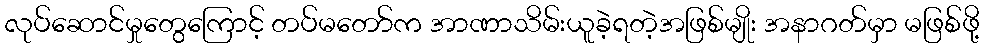
လုပ်ဆောင်မှုတွေကြောင့် တပ်မတော်က အာဏာသိမ်းယူခဲ့ရတဲ့အဖြစ်မျိုး အနာဂတ်မှာ မဖြစ်ဖို့